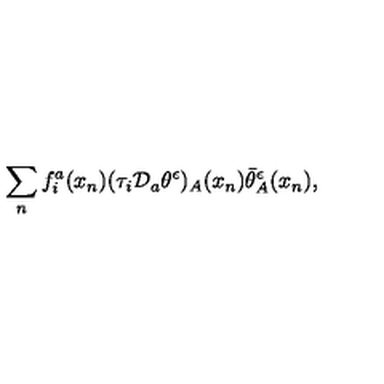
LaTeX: \sum _ { n } f _ { i } ^ { a } ( x _ { n } ) ( \tau _ { i } { \cal D } _ { a } \theta ^ { \epsilon } ) _ { A } ( x _ { n } ) \bar { \theta } _ { A } ^ { \epsilon } ( x _ { n } ) ,